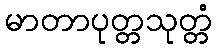
မာတာပုတ္တသုတ္တံ